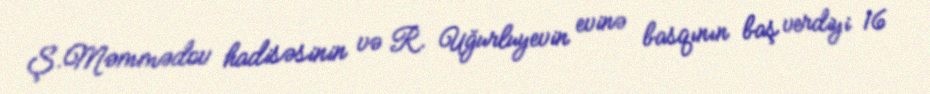
Ş.Məmmədov hadisəsinin və R. Uğurluyevin evinə basqının baş verdiyi 16